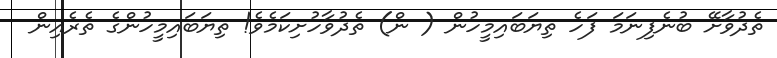
ތެދުވާށޭ ބުނެފިނަމަ ފަހެ ތިޔަބައިމީހުން ( ން) ތެދުވާހުށިކަމެވެ! ތިޔަބައިމީހުންގެ ތެރެއިން